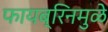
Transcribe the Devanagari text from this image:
फायब्रिनमुळे